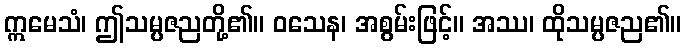
ဣမေသံ၊ ဤသမ္ပဇညတို့၏။ ဝသေန၊ အစွမ်းဖြင့်။ အဿ၊ ထိုသမ္ပဇည၏။